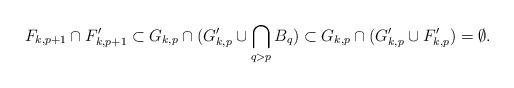
LaTeX: \begin{align*}F_{k,p + 1}\cap F_{k,p + 1}' \subset G_{k,p}\cap (G_{k,p}' \cup \bigcap_{q > p} B_q) \subset G_{k,p}\cap (G_{k,p}' \cup F_{k,p}') = \emptyset.\end{align*}